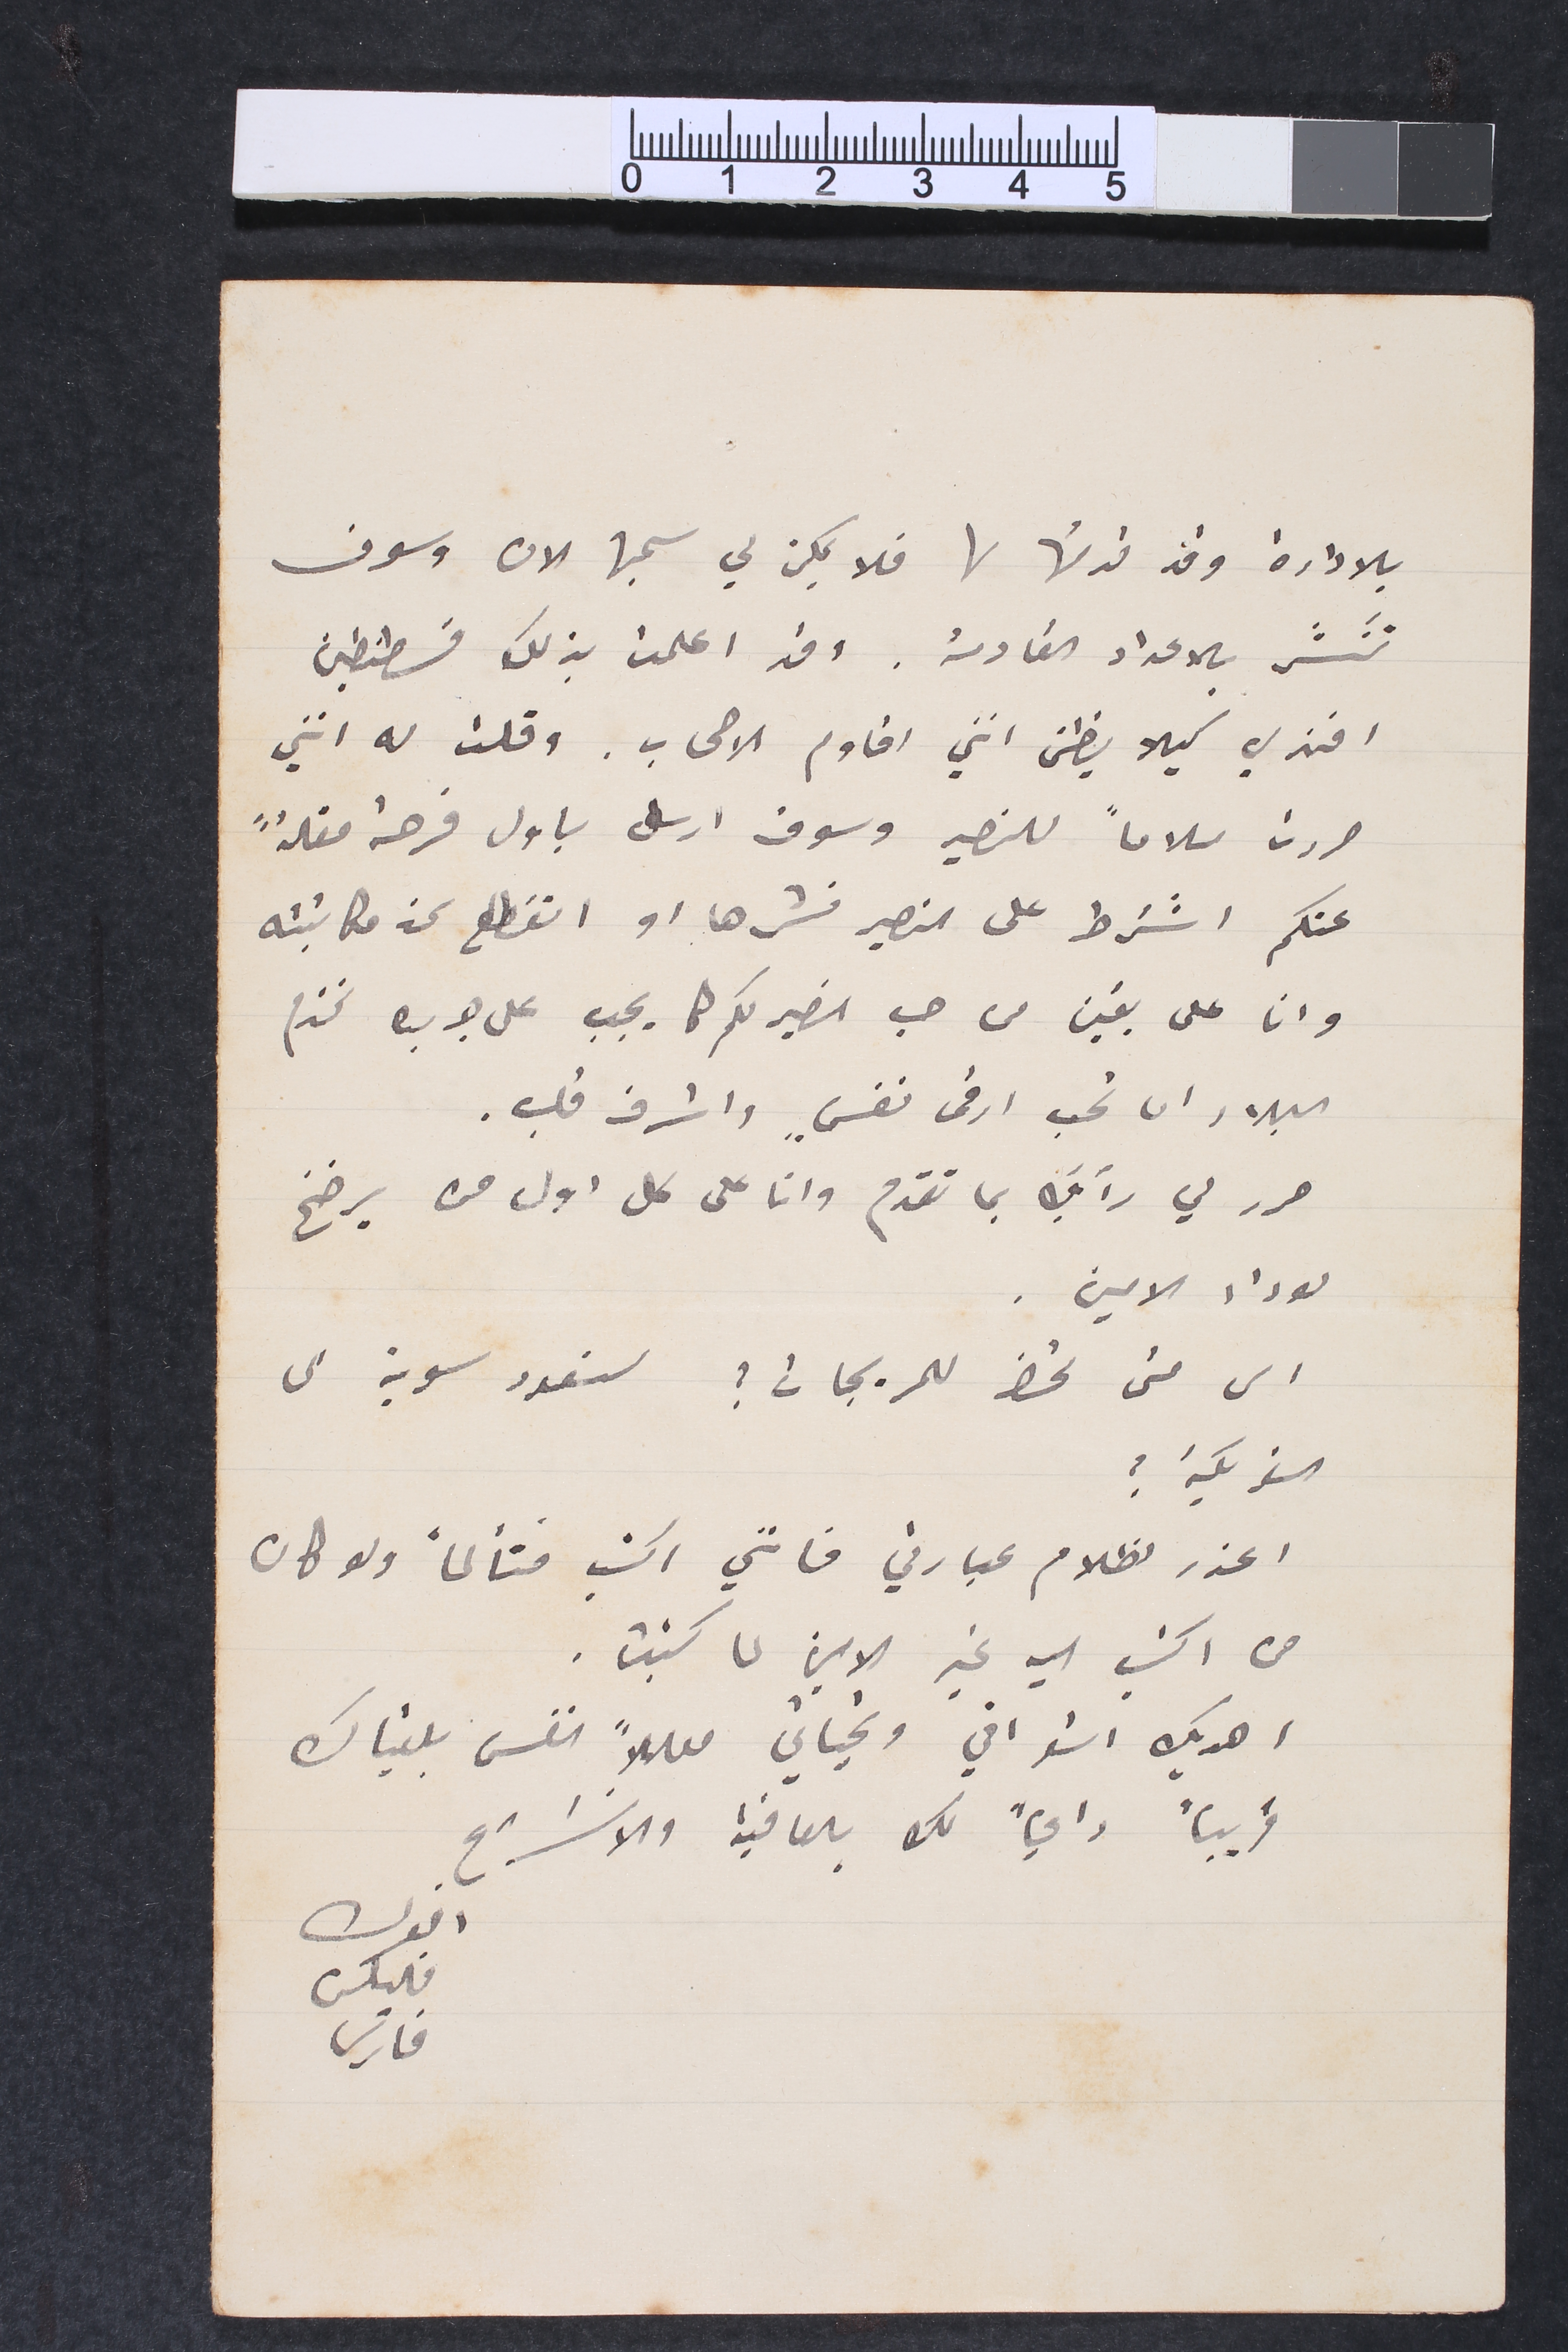
بالادارة وقد قدمتها لها فلا يمكن لي سحبها الان وسوف
تنشر بالاعداد القادمة. وقد اعلمت بذلك قسطنطين
افندي كيلا يظن انني اقاوم الاصحاب. وقلت له انني
حررت سلاماً للنصير وسوف ارسل باول فرصة مقالةً

؟؟؟
عنكم اشترط على النصير نشرها او انقطع عن مكاتبته
وانا على يقين من حب النصير لكم كما يجب على جريده تخدم
البلاد ان تحب ارقى نفسٍ واشرف قلب.
حرر لي رأيك بما تقدم وانا على كل اول من يرضخ
لوداد الامين.
الى متى تحضر للمريجات ؟ سنعود سوية الى
 الفريكة؟
 اعذر لظلام عبارتي فانني اكتب متألماً ولو كان
من اكتب اليه غير الامين لما كتبت.
اهديك اشواقي وتحياتي معللاً النفس بلقياك
قريباً داعياً لك بالعافية والانشراح
اخوك
فليكس
فارس